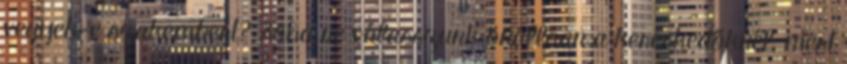
vegyek-e szakembert? Soha ne válasszunk önállóan a kereskedőknél, mert